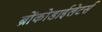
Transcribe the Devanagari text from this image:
ब्रोंकोडाईलेटर्स